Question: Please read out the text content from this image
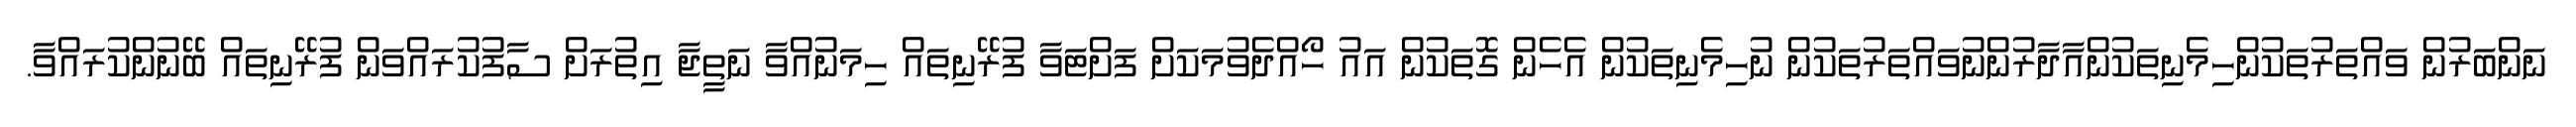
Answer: ނަންބަރުން ވައްތަރުތަކުންހިމެނިތަކުންއާދާރުންނުވައްތަރުތަކުން ނުހިމެނިތަކުން އެހެން ގޮތަކުން އައު ހޯއްދެވުމަކަށް ފަށްޓަވާ ފުރޭނިތައް ހިމަނުއްވާ ނަތީޖާ އިތުރަށް ސާފުކުރައްވަން ފުރޭނިތައް ބޭނުންކުރައްވާ.